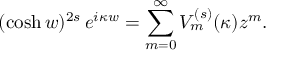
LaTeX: ( \cosh w ) ^ { 2 s } \, e ^ { i \kappa w } = \sum _ { m = 0 } ^ { \infty } V _ { m } ^ { ( s ) } ( \kappa ) z ^ { m } .